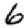
Digit: 6